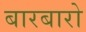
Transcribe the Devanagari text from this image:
बारबारो